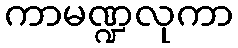
ကာမဏ္ဍလုကာ